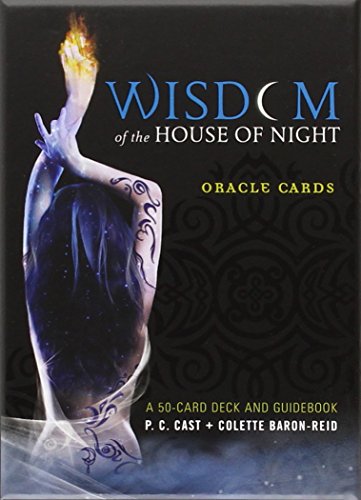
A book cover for Wisdom of the House of Night Oracle Cards: A 50-Card Deck and Guidebook; P.C. Cast; Humor & Entertainment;